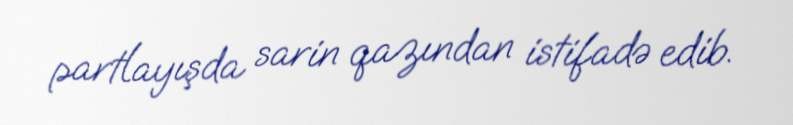
partlayışda sarin qazından istifadə edib.